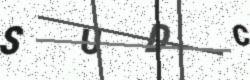
Text: SUDC